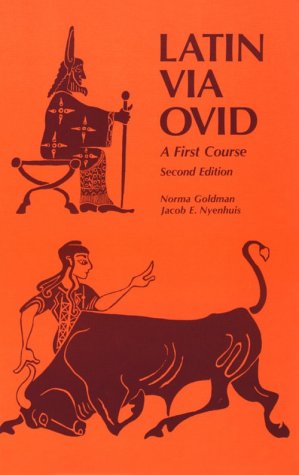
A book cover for Latin Via Ovid: A First Course Second Edition; Jacob E. Nyenhuis; Literature & Fiction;